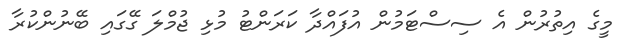
މީގެ އިތުރުން އެ ސިސްޓަމުން އުފައްދާ ކަރަންޓު މުޅި ޖުމްލަ ގޭގައި ބޭނުންކުރާ